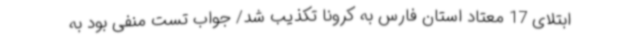
ابتلای 17 معتاد استان فارس به کرونا تکذیب شد/ جواب تست منفی بود به